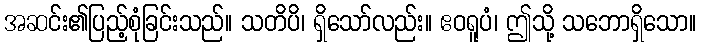
အဆင်း၏ပြည့်စုံခြင်းသည်။ သတိပိ၊ ရှိသော်လည်း။ ဧဝရူပံ၊ ဤသို့ သဘောရှိသော။